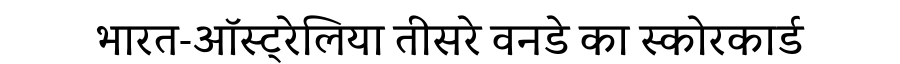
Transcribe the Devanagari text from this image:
भारत-ऑस्ट्रेलिया तीसरे वनडे का स्कोरकार्ड